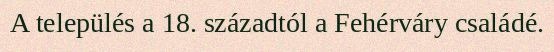
A település a 18. századtól a Fehérváry családé.